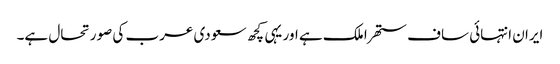
ایران انتہائی ساف ستھرا ملک ہے اور یہی کچھ سعودی عرب کی صورتحال ہے۔